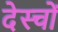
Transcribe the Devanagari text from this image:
देस्चों